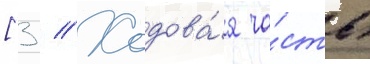
[3 // Ходова́я ча́сть